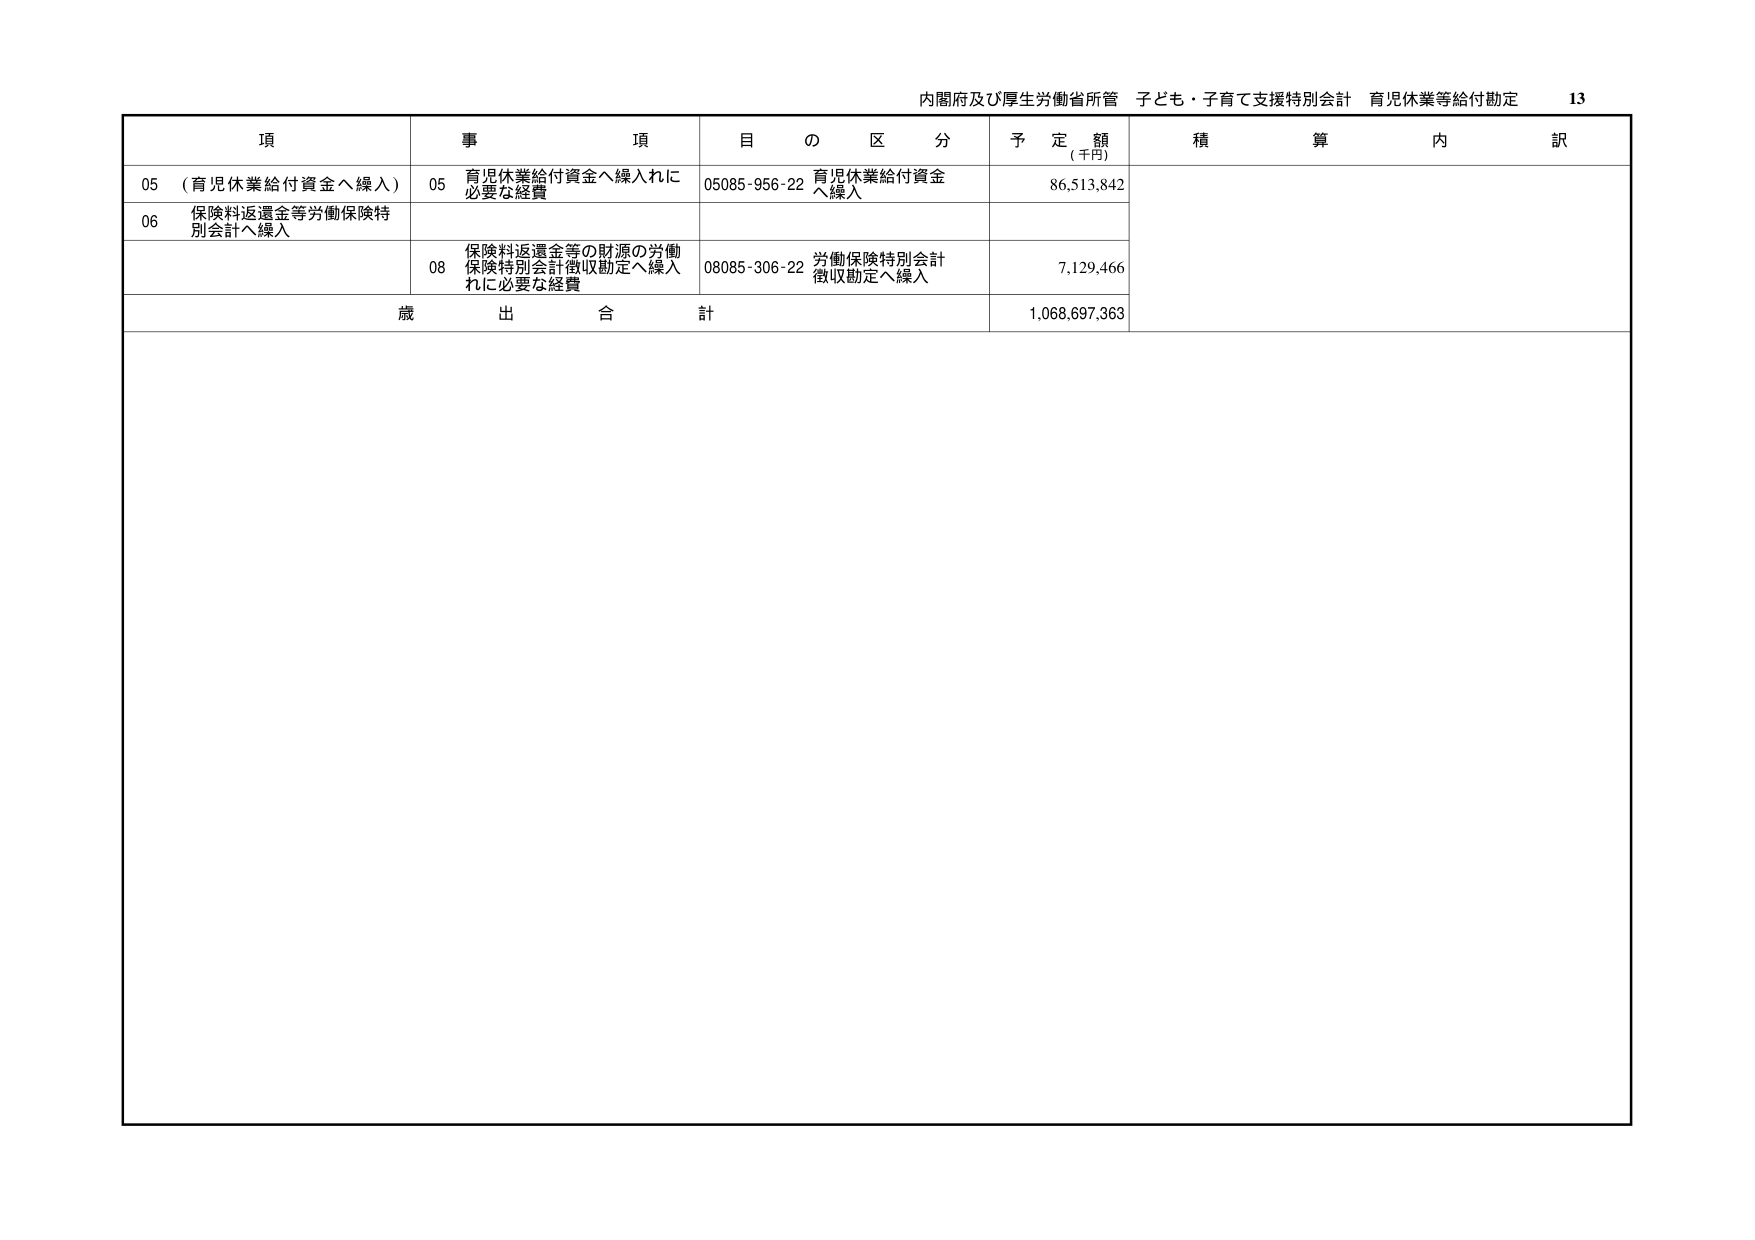
内閣府及び厚生労働省所管 子ども・子育て支援特別会計 育児休業等給付勘定 13

項 事 項 目 の 区 分 予 定 額 (千円) 積 算 内 訳

05 (育児休業給付資金へ繰入) 05 育児休業給付資金へ繰入れに 必要な経費 05085-956-22 育児休業給付資金 へ繰入 86,513,842

06 保険料返還金等労働保険特 別会計へ繰入

08 保険料返還金等の財源の労働 保険特別会計徴収勘定へ繰入 れに必要な経費 08085-306-22 労働保険特別会計 徴収勘定へ繰入 7,129,466

歳 出 合 計 1,068,697,363